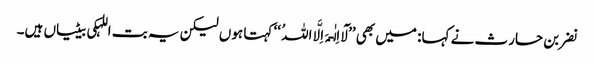
نضر بن حارث نے کہا: میں بھی ’’لَآ اِلٰـہَ اِلَّا اللہُ ‘‘ کہتا ہوں لیکن یہ بت اللہکی بیٹیاں ہیں۔